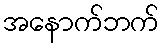
အနောက်ဘက်